Problem: 2 × 6 = ?
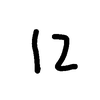
Handwritten answer: 12